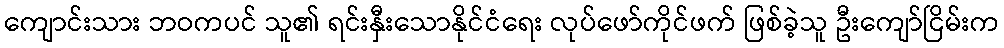
ကျောင်းသား ဘဝကပင် သူ၏ ရင်းနှီးသောနိုင်ငံရေး လုပ်ဖော်ကိုင်ဖက် ဖြစ်ခဲ့သူ ဦးကျော်ငြိမ်းက